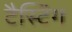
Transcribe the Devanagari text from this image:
टैस्टिंग